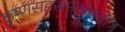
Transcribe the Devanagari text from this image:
कृष्णसहस्रनामस्तोत्र